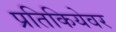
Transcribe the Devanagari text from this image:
प्रतिकियेवर